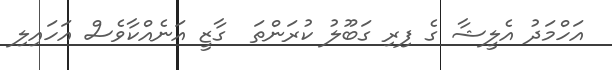
އަހްމަދު އެލީޝާ ގެ ފިރި ގަބޫލު ކުރަންތަ  ގާޒީ އަނެއްކާވެސް އަހައިލި